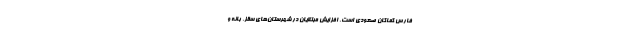
فارس کماکان صعودی است. افزایش مبتلایان در شهرستان‌های سقز، بانه و